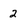
Character: 2